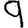
Digit: 9